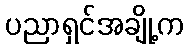
ပညာရှင်အချို့က